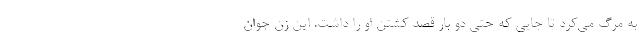
به مرگ می‌کرد تا جایی که حتی دو بار قصد کشتن او را داشت. این زن جوان